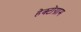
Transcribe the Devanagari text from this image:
हेक्टोग्राम